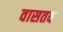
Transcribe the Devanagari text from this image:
वासतव